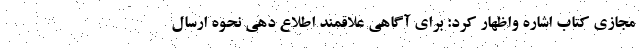
مجازی کتاب اشاره واظهار کرد: برای آگاهی علاقمند اطلاع دهی نحوه ارسال